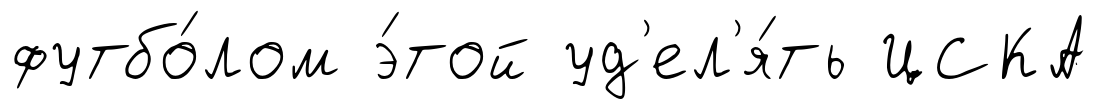
футбо́лом э́той уд'ел'я́ть ЦСКА